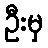
ဦးမှ